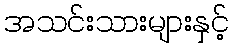
အသင်းသားများနှင့်